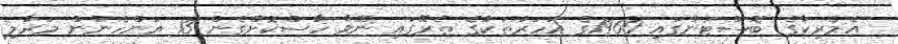
އެމެރިކާގެ ބޮސްޓަންގައި 1960ގެ އަހަރުތަކުގެ ތެރޭގައި ނޭވާ ހާސްކޮށްގެން 13 އަންހެނުން މަރާލި